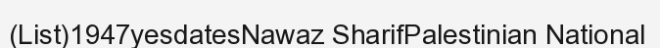
(List)1947yesdatesNawaz SharifPalestinian National